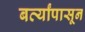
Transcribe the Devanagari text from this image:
बर्व्यांपासून